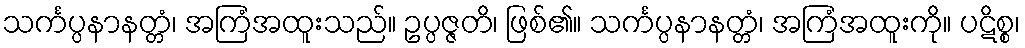
သင်္ကပ္ပနာနတ္တံ၊ အကြံအထူးသည်။ ဥပ္ပဇ္ဇတိ၊ ဖြစ်၏။ သင်္ကပ္ပနာနတ္တံ၊ အကြံအထူးကို။ ပဋိစ္စ၊